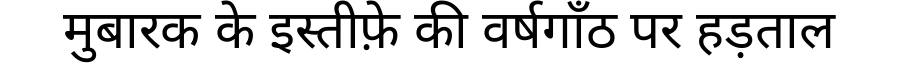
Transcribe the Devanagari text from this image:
मुबारक के इस्तीफ़े की वर्षगाँठ पर हड़ताल